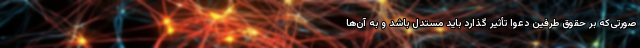
صورتی‌که بر حقوق طرفین دعوا تأثیر گذارد باید مستدل باشد و به آن‌ها